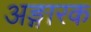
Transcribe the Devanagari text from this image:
अङ्गारक